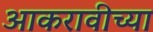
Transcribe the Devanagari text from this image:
आकरावीच्या